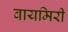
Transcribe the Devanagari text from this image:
वायमिरी